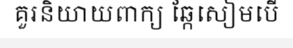
គួរនិយាយពាក្យ ឆ្កែសៀមបើ